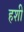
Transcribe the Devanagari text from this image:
हशी